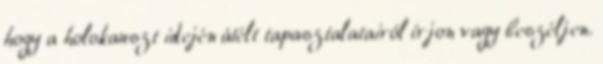
hogy a holokauszt idején átélt tapasztalatairól írjon vagy beszéljen.